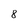
Character: 8